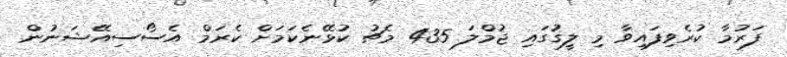
ފަރުމާ ކުރެވިފައިވާ މި ލީގުގައި ޖުމްލަ 435 މެޗު ކުޅޭނެކަމަށް ކެރަމް އެސޯސިއޭޝަނުން